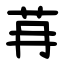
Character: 䒣